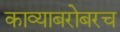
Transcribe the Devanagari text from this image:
काव्याबरोबरच